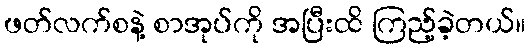
ဖတ်လက်စနဲ့ စာအုပ်ကို အပြီးထိ ကြည့်ခဲ့တယ်။